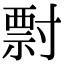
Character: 𡬽